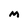
Character: M